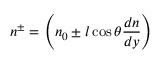
\quad n ^ { \pm } = \left( n _ { 0 } \pm l \cos \theta { \frac { d n } { d y } } \right)